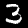
Digit: 3